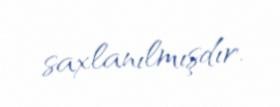
saxlanılmışdır.